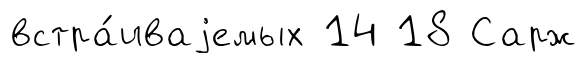
встра́иваjемых 14 18 Сарж